Scientific memoirs by medical officers of the Army of India - Part XI,
Year: 1898
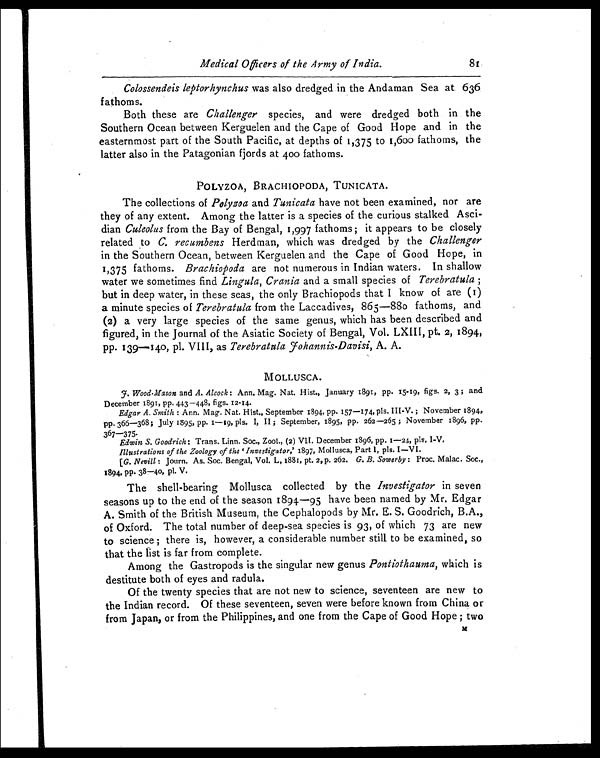
Medical Officers of the Army of India.
Colossendeis leptorhynchus was also dredged in the Andaman Sea at. 636
fathoms.
Both these are Challenger species, and were dredged both in the
Southern Ocean between Kerguelen and the Cape of Good Hope and in the
easternmost part of the South Pacific, at depths of 1,375 to 1,600 fathoms, the
latter also in the Patagonian fjords at 400 fathoms.
POLYZOA, BRACHIOPODA, TUNICATA.
The collections of Polyzoa and Tunicata have not been examined, nor are
they of any extent. Among the latter is a species of the curious stalked Asci-
dian Culeolus from the Bay of Bengal, 1,997 fathoms ; it appears to be closely
related to C. recumbens Herd man, which was dredged by the Challenger
in the Southern Ocean, between Kerguelen and the Cape of Good Hope, in
1,375 fathoms. Brachiopoda are not numerous in Indian waters. In shallow
water we sometimes find Lingula, Crania and a small species of Terebratula ;
but in deep water, in these seas, the only Brachiopods that I know of are (1)
a minute species of Terebratula from the Laccadives, 865-880 fathoms, and
(2) a very large species of the same genus, which has been described and
figured, in the Journal of the Asiatic Society of Bengal, Vol. LXIII, pt. 2, 1894,
pp. 139-140, p1. VIII, as Terebratula Johannis-Davisi, A. A.
MOLLUSCA.
J.Wood.Mason and A. Alcock : Ann. Mag. Nat. Hist., January 1891, pp. 15-19, figs. 2, 3 ; and
December 1891, pp. 443-448, figs. 12 .–14.
Edgar A. Smith : Ann. Mag. Nat. Hist., September 1894, pp. 157-174, pls. III-V. ; November 1894,
pp. 366-368; July 1895, pp. 1-19, pls. I, II ; September, 1895, pp. 262-265 ; November 1896, pp.
367-375.
Edwin S. Goodrich: Trans. Linn. Soc., Zool., (2) VII. December 1896, pp. 1-24, pls. I-V.
Illustrations of the Zoology of the 'Investigator,' 1897, Mollusca, Part 1, pls. I—VI.
[G. Nevill: Journ. As. Soc. Bengal, Vol. L, 1881, pt. 2, p. 262. G. B. Sowerby : Proc. Malac. Soc.,
1894, pp. 38-40, pl. V.
The shell-bearing Mollusca collected by the Investigator in seven
seasons up to the end of the season 1894-95 have been named by Mr. Edgar
A. Smith of the British Museum, the Cephalopods by Mr. E. S. Goodrich, B.A.,
of Oxford. The total number of deep-sea species is 93, of which 73 are new
to science ; there is, however, a considerable number still to be examined, so
that the list is far from complete.
Among the Gastropods is the singular new genus Pontiothauma, which is
destitute both of eyes and radula.
Of the twenty species that are not new to science, seventeen are new to
the Indian record. Of these seventeen, seven were before known from China or
from Japan, or from the Philippines, and one from the Cape of Good Hope ; two
81
M